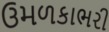
ઉમળકાભરી